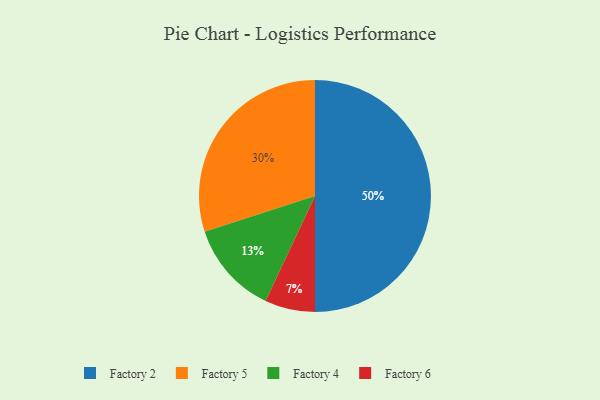
{"axis": {"x": "Category", "y": "Percentage"}, "legend": ["Factory 2", "Factory 4", "Factory 5", "Factory 6"], "data": [{"x": "Factory 5", "y": 30, "type": "Factory 5"}, {"x": "Factory 6", "y": 7, "type": "Factory 6"}, {"x": "Factory 2", "y": 50, "type": "Factory 2"}, {"x": "Factory 4", "y": 13, "type": "Factory 4"}]}